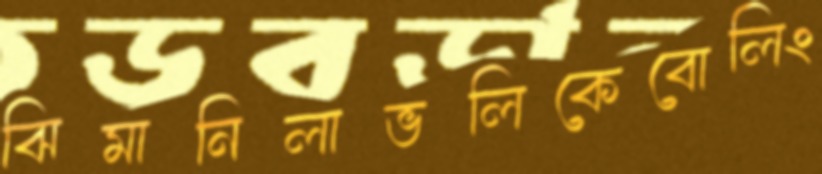
ঝিমানিলাভলিকেবোলিং